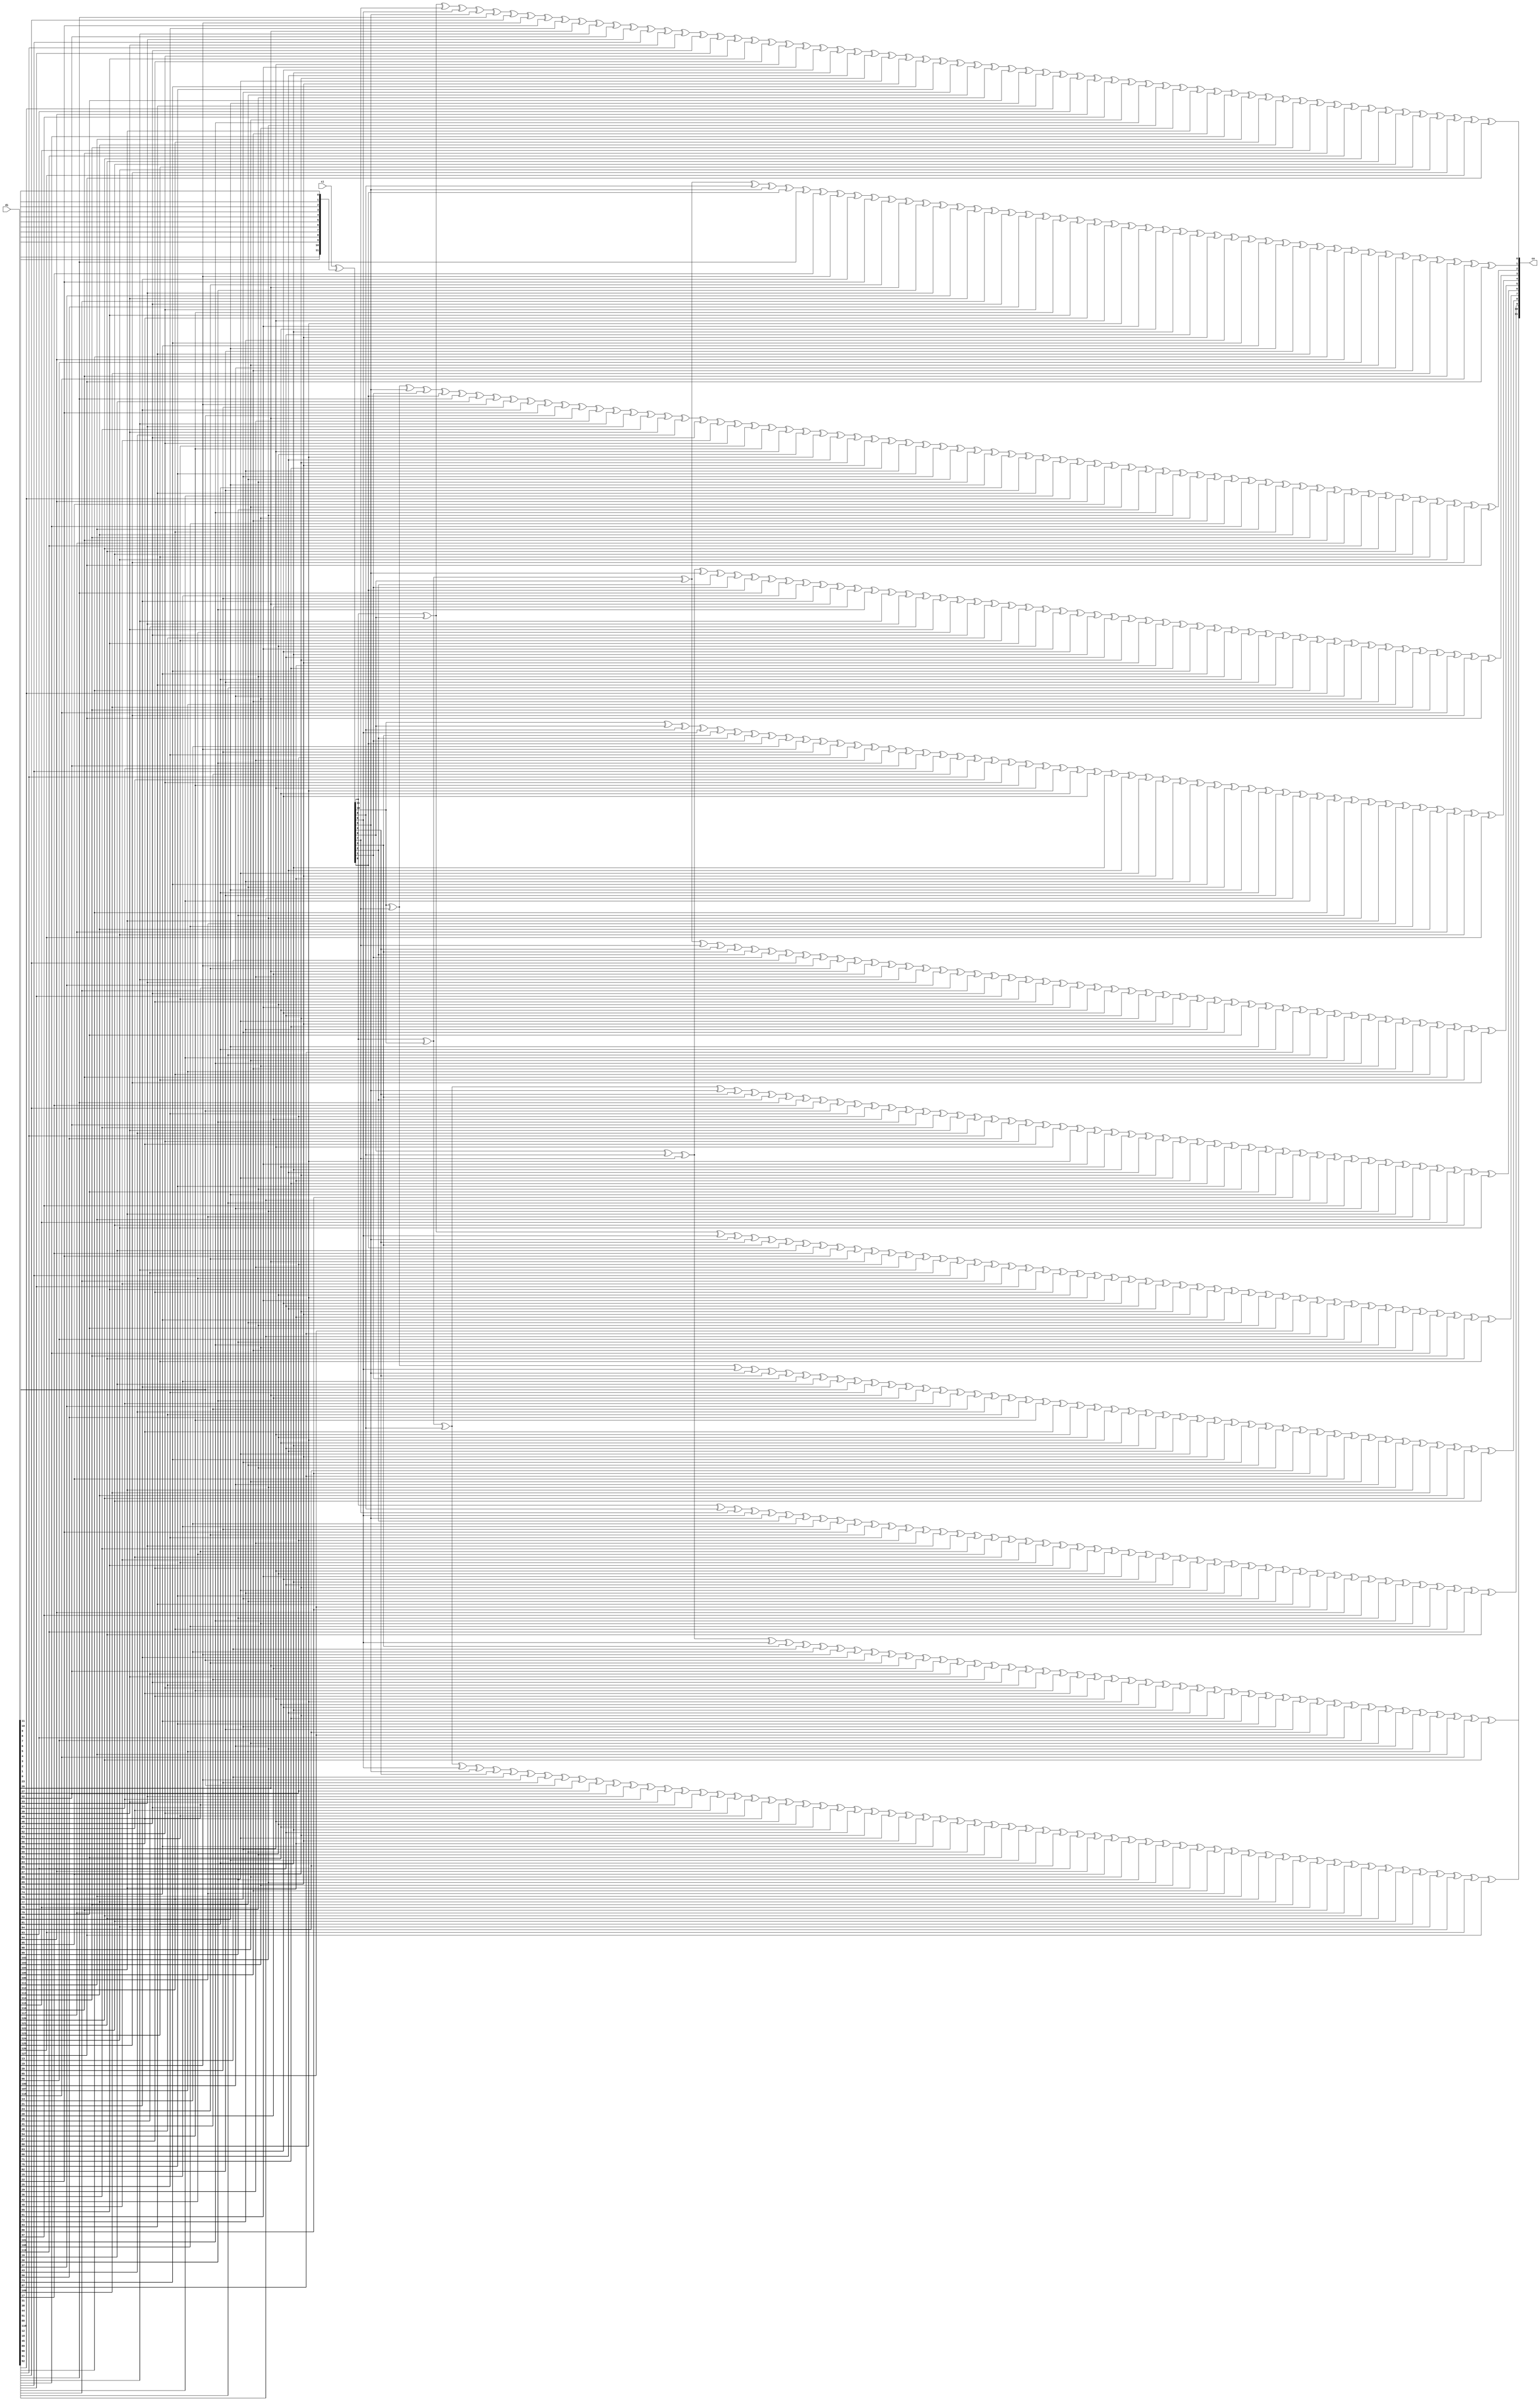
module ippcrc_crc12_128b
    (
     ci,
     di,

     co
     );

////////////////////////////////////////////////////////////////////////////////
// Port declarations
input [11:0]   ci;
input [127:0]   di;

output [11:0]  co;

////////////////////////////////////////////////////////////////////////////////
// Output declarations
wire [11:0]    co;

////////////////////////////////////////////////////////////////////////////////
// Parameter declarations

////////////////////////////////////////////////////////////////////////////////
// Local logic and instantiation
wire [11:0]     swdi;
assign          swdi =  {di[0],di[1],di[2],di[3],di[4],di[5],di[6],di[7],di[8],di[9],di[10],di[11]};

wire [11:0]     dx;
assign          dx   =  ci[11:0]^swdi[11:0];

assign          co[11]=dx[11]^dx[10]^dx[8]^dx[6]^dx[5]^dx[4]^
                di[13]^di[19]^di[20]^di[23]^di[26]^di[27]^di[32]^di[33]^di[34]^di[39]^di[40]^di[46]^di[47]^di[52]^di[53]^di[56]^di[58]^di[59]^di[62]^di[64]^di[65]^di[67]^di[68]^di[69]^di[70]^di[74]^di[76]^di[77]^di[78]^di[79]^di[80]^di[81]^di[84]^di[93]^di[94]^di[95]^di[98]^di[99]^di[102]^di[103]^di[104]^di[105]^di[106]^di[111]^di[112]^di[113]^di[114]^di[115]^di[116]^di[117]^di[120]^di[121]^di[122]^di[123]^di[124]^di[125]^di[126]^di[127];

assign          co[10]=dx[9]^dx[8]^dx[7]^dx[6]^dx[3]^
                di[13]^di[14]^di[19]^di[21]^di[23]^di[24]^di[26]^di[28]^di[32]^di[35]^di[39]^di[41]^di[46]^di[48]^di[52]^di[54]^di[56]^di[57]^di[58]^di[60]^di[62]^di[63]^di[64]^di[66]^di[67]^di[71]^di[74]^di[75]^di[76]^di[82]^di[84]^di[85]^di[93]^di[96]^di[98]^di[100]^di[102]^di[107]^di[111]^di[118]^di[120];

assign          co[9]=dx[11]^dx[8]^dx[7]^dx[6]^dx[5]^dx[2]^
                di[14]^di[15]^di[20]^di[22]^di[24]^di[25]^di[27]^di[29]^di[33]^di[36]^di[40]^di[42]^di[47]^di[49]^di[53]^di[55]^di[57]^di[58]^di[59]^di[61]^di[63]^di[64]^di[65]^di[67]^di[68]^di[72]^di[75]^di[76]^di[77]^di[83]^di[85]^di[86]^di[94]^di[97]^di[99]^di[101]^di[103]^di[108]^di[112]^di[119]^di[121];

assign          co[8]=dx[10]^dx[7]^dx[6]^dx[5]^dx[4]^dx[1]^
                di[15]^di[16]^di[21]^di[23]^di[25]^di[26]^di[28]^di[30]^di[34]^di[37]^di[41]^di[43]^di[48]^di[50]^di[54]^di[56]^di[58]^di[59]^di[60]^di[62]^di[64]^di[65]^di[66]^di[68]^di[69]^di[73]^di[76]^di[77]^di[78]^di[84]^di[86]^di[87]^di[95]^di[98]^di[100]^di[102]^di[104]^di[109]^di[113]^di[120]^di[122];

assign          co[7]=dx[11]^dx[9]^dx[6]^dx[5]^dx[4]^dx[3]^dx[0]^
                di[16]^di[17]^di[22]^di[24]^di[26]^di[27]^di[29]^di[31]^di[35]^di[38]^di[42]^di[44]^di[49]^di[51]^di[55]^di[57]^di[59]^di[60]^di[61]^di[63]^di[65]^di[66]^di[67]^di[69]^di[70]^di[74]^di[77]^di[78]^di[79]^di[85]^di[87]^di[88]^di[96]^di[99]^di[101]^di[103]^di[105]^di[110]^di[114]^di[121]^di[123];

assign          co[6]=dx[11]^dx[10]^dx[8]^dx[5]^dx[4]^dx[3]^dx[2]^
                di[12]^di[17]^di[18]^di[23]^di[25]^di[27]^di[28]^di[30]^di[32]^di[36]^di[39]^di[43]^di[45]^di[50]^di[52]^di[56]^di[58]^di[60]^di[61]^di[62]^di[64]^di[66]^di[67]^di[68]^di[70]^di[71]^di[75]^di[78]^di[79]^di[80]^di[86]^di[88]^di[89]^di[97]^di[100]^di[102]^di[104]^di[106]^di[111]^di[115]^di[122]^di[124];

assign          co[5]=dx[11]^dx[10]^dx[9]^dx[7]^dx[4]^dx[3]^dx[2]^dx[1]^
                di[13]^di[18]^di[19]^di[24]^di[26]^di[28]^di[29]^di[31]^di[33]^di[37]^di[40]^di[44]^di[46]^di[51]^di[53]^di[57]^di[59]^di[61]^di[62]^di[63]^di[65]^di[67]^di[68]^di[69]^di[71]^di[72]^di[76]^di[79]^di[80]^di[81]^di[87]^di[89]^di[90]^di[98]^di[101]^di[103]^di[105]^di[107]^di[112]^di[116]^di[123]^di[125];

assign          co[4]=dx[10]^dx[9]^dx[8]^dx[6]^dx[3]^dx[2]^dx[1]^dx[0]^
                di[14]^di[19]^di[20]^di[25]^di[27]^di[29]^di[30]^di[32]^di[34]^di[38]^di[41]^di[45]^di[47]^di[52]^di[54]^di[58]^di[60]^di[62]^di[63]^di[64]^di[66]^di[68]^di[69]^di[70]^di[72]^di[73]^di[77]^di[80]^di[81]^di[82]^di[88]^di[90]^di[91]^di[99]^di[102]^di[104]^di[106]^di[108]^di[113]^di[117]^di[124]^di[126];

assign          co[3]=dx[9]^dx[8]^dx[7]^dx[5]^dx[2]^dx[1]^dx[0]^
                di[12]^di[15]^di[20]^di[21]^di[26]^di[28]^di[30]^di[31]^di[33]^di[35]^di[39]^di[42]^di[46]^di[48]^di[53]^di[55]^di[59]^di[61]^di[63]^di[64]^di[65]^di[67]^di[69]^di[70]^di[71]^di[73]^di[74]^di[78]^di[81]^di[82]^di[83]^di[89]^di[91]^di[92]^di[100]^di[103]^di[105]^di[107]^di[109]^di[114]^di[118]^di[125]^di[127];

assign          co[2]=dx[10]^dx[7]^dx[5]^dx[1]^dx[0]^
                di[12]^di[16]^di[19]^di[20]^di[21]^di[22]^di[23]^di[26]^di[29]^di[31]^di[33]^di[36]^di[39]^di[43]^di[46]^di[49]^di[52]^di[53]^di[54]^di[58]^di[59]^di[60]^di[66]^di[67]^di[69]^di[71]^di[72]^di[75]^di[76]^di[77]^di[78]^di[80]^di[81]^di[82]^di[83]^di[90]^di[92]^di[94]^di[95]^di[98]^di[99]^di[101]^di[102]^di[103]^di[105]^di[108]^di[110]^di[111]^di[112]^di[113]^di[114]^di[116]^di[117]^di[119]^di[120]^di[121]^di[122]^di[123]^di[124]^di[125]^di[127];

assign          co[1]=dx[11]^dx[10]^dx[9]^dx[8]^dx[5]^dx[0]^
                di[12]^di[17]^di[19]^di[21]^di[22]^di[24]^di[26]^di[30]^di[33]^di[37]^di[39]^di[44]^di[46]^di[50]^di[52]^di[54]^di[55]^di[56]^di[58]^di[60]^di[61]^di[62]^di[64]^di[65]^di[69]^di[72]^di[73]^di[74]^di[80]^di[82]^di[83]^di[91]^di[94]^di[96]^di[98]^di[100]^di[105]^di[109]^di[116]^di[118]^di[127];

assign          co[0]=dx[11]^dx[9]^dx[7]^dx[6]^dx[5]^
                di[12]^di[18]^di[19]^di[22]^di[25]^di[26]^di[31]^di[32]^di[33]^di[38]^di[39]^di[45]^di[46]^di[51]^di[52]^di[55]^di[57]^di[58]^di[61]^di[63]^di[64]^di[66]^di[67]^di[68]^di[69]^di[73]^di[75]^di[76]^di[77]^di[78]^di[79]^di[80]^di[83]^di[92]^di[93]^di[94]^di[97]^di[98]^di[101]^di[102]^di[103]^di[104]^di[105]^di[110]^di[111]^di[112]^di[113]^di[114]^di[115]^di[116]^di[119]^di[120]^di[121]^di[122]^di[123]^di[124]^di[125]^di[126]^di[127];


endmodule